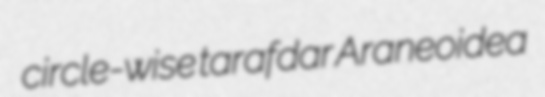
circle-wise tarafdar Araneoidea